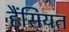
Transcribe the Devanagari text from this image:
हैंसियत